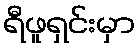
ရီဖူရှင်းမှာ